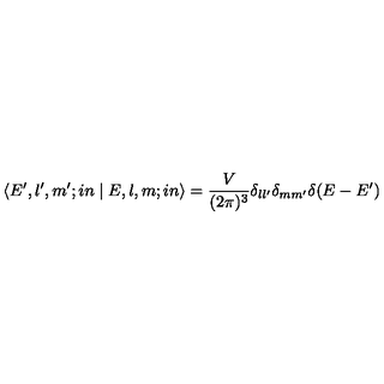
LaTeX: \left\langle { { E ^ { \prime } , l ^ { \prime } , m ^ { \prime } ; i n } } \mathrel { \left| { \vphantom { { E ^ { \prime } , l ^ { \prime } , m ^ { \prime } ; i n } { E , l , m } } } \right. \kern - \nulldelimiterspace } { { E , l , m ; i n } } \right\rangle = { \frac { V } { ( 2 \pi ) ^ { 3 } } } \delta _ { l l ^ { \prime } } \delta _ { m m ^ { \prime } } \delta ( E - E ^ { \prime } )